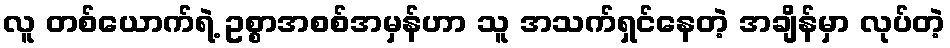
လူ တစ်ယောက်ရဲ့ ဥစ္စာအစစ်အမှန်ဟာ သူ အသက်ရှင်နေတဲ့ အချိန်မှာ လုပ်တဲ့